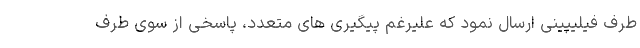
طرف فیلیپینی ارسال نمود که علیرغم پیگیری های متعدد، پاسخی از سوی طرف